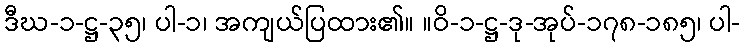
ဒီဃ-၁-ဋ္ဌ-၃၅၊ ပါ-၁၊ အကျယ်ပြထား၏။ ။ဝိ-၁-ဋ္ဌ-ဒု-အုပ်-၁၇၈-၁၈၅၊ ပါ-